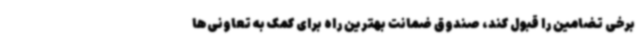
برخی تضامین را قبول کند، صندوق ضمانت بهترین راه برای کمک به تعاونی‌ها